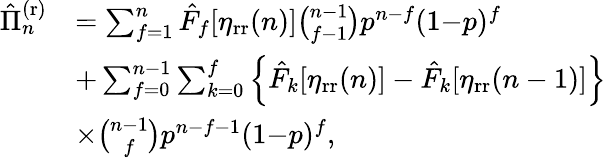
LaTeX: \begin{array}{rl}{\hat{\Pi}_{n}^{\mathrm{(r)}}}&{=\sum_{f=1}^{n}\hat{F}_{f}[\eta_{\mathrm{rr}}(n)]\binom{n-1}{f-1}p^{n-f}(1{-}p)^{f}}\\ &{+\sum_{f=0}^{n-1}\sum_{k=0}^{f}\Big\{ \hat{F}_{k}[\eta_{\mathrm{rr}}(n)]-\hat{F}_{k}[\eta_{\mathrm{rr}}(n-1)]\Big\} }\\ &{\times\binom{n-1}{f}p^{n-f-1}(1{-}p)^{f},}\end{array}